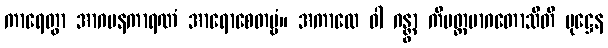
ကာရေတွာ အာဂမနကာရဏံ အာရောစေတဗ္ဗံ။ အကာလေ ဝါ ဂန္တွာ ကိမတ္ထမာဂတောသီတိ ပုဋ္ဌေန